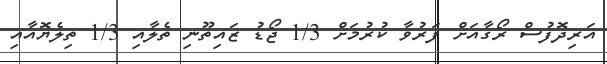
އަރިދޮފުސް ރޯގާއަށް ފަރުވާ ކުރުމަށް 1/3 ޖޯޑު ޒައިތޫނި ތެލާއި 1/3 ތިލެޔޮއާއި